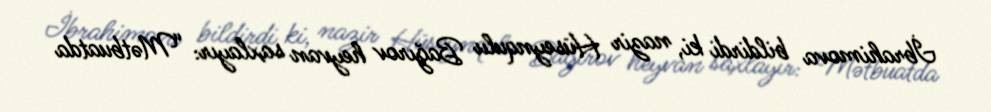
İbrahimova bildirdi ki, nazir Hüseynqulu Bağırov heyvan saxlayır: “Mətbuatda